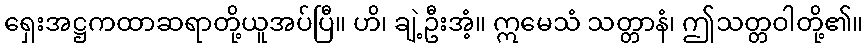
ရှေးအဋ္ဌကထာဆရာတို့ယူအပ်ပြီ။ ဟိ၊ ချဲ့ဦးအံ့။ ဣမေသံ သတ္တာနံ၊ ဤသတ္တဝါတို့၏။